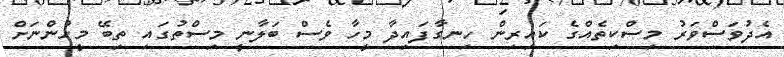
އެދުވަސްވަރު މިސްކިތެއްގެ ކައިރިން ހިނގާފައިދާ މީހާ ވެސް ބަލާނީ މިސްތުގައި ތިބޭ މީހުންނަށް